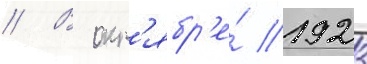
// В окт'ябр'е́ 1923